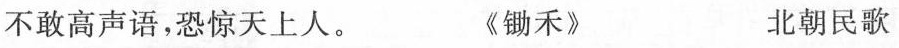
不敢高声语，恐惊天上人。 《锄禾》 北朝民歌